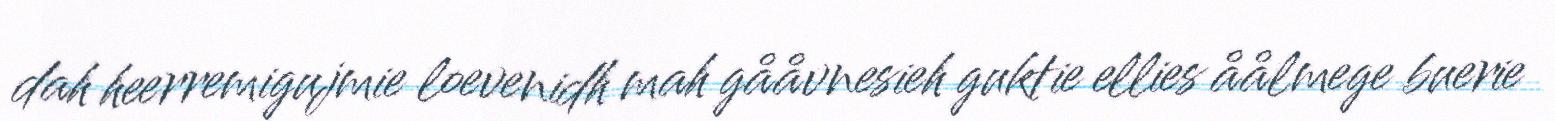
dah heerremigujmie loevenidh mah gååvnesieh guktie ellies åålmege buerie